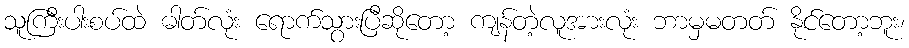
သူကြီးပါးစပ်ထဲ ဓါတ်လုံး ရောက်သွားပြီဆိုတော့ ကျန်တဲ့လူအားလုံး ဘာမှမတတ် နိုင်တော့ဘူး၊